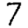
Digit: 7